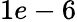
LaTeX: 1e-6